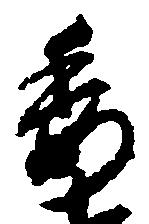
委